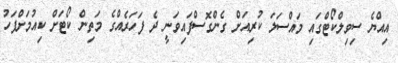
އިއްޔެ ސިވިލްކޯޓްގައި މައްސަލަ ކުރިއަށް ގެންގޮސްފައިވަނީ ދެ ފަހަރެއްގެ މަތިން ކޯޓަށް ކިއުމަށްފަހު